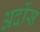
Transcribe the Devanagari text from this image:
अर्दोस